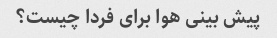
پیش بینی هوا برای فردا چیست؟